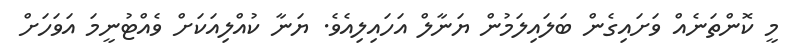
މީ ކޮންތަނެއް ވަށައިގެން ބަލައިލަމުން ޔަނާލް އަހައިލިއެވެ. ޔަނާ ކުއްލިއަކަށް ވެއްޓުނީމަ އަވަހަށް